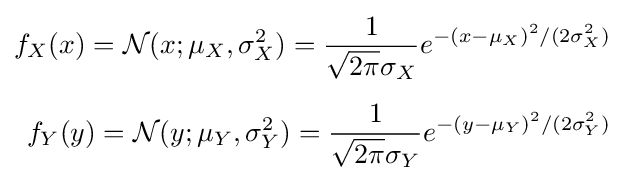
{\begin{aligned}f_{X}(x)={\mathcal {N}}(x;\mu _{X},\sigma _{X}^{2})={\frac {1}{{\sqrt {2\pi }}\sigma _{X}}}e^{-(x-\mu _{X})^{2}/(2\sigma _{X}^{2})}\\[5pt]f_{Y}(y)={\mathcal {N}}(y;\mu _{Y},\sigma _{Y}^{2})={\frac {1}{{\sqrt {2\pi }}\sigma _{Y}}}e^{-(y-\mu _{Y})^{2}/(2\sigma _{Y}^{2})}\end{aligned}}